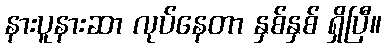
နားပူနားဆာ လုပ်နေတာ နှစ်နှစ် ရှိပြီ။